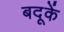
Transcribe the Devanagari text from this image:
बदूकें